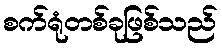
စက်ရုံတစ်ခုဖြစ်သည်